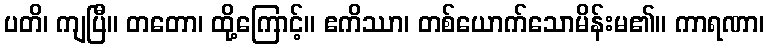
ပတိ၊ ကျပြီ။ တတော၊ ထို့ကြောင့်။ ဧကိဿာ၊ တစ်ယောက်သောမိန်းမ၏။ ကာရဏာ၊